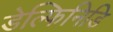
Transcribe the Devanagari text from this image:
डेल्फिनिडि